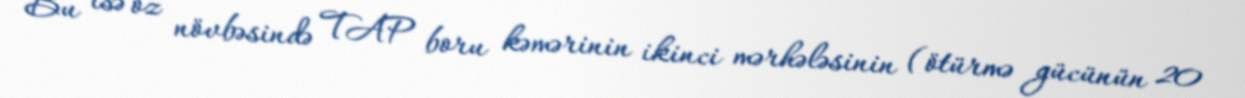
Bu isə öz növbəsində TAP boru kəmərinin ikinci mərhələsinin (ötürmə gücünün 20